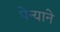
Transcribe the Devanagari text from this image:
पेन्याने